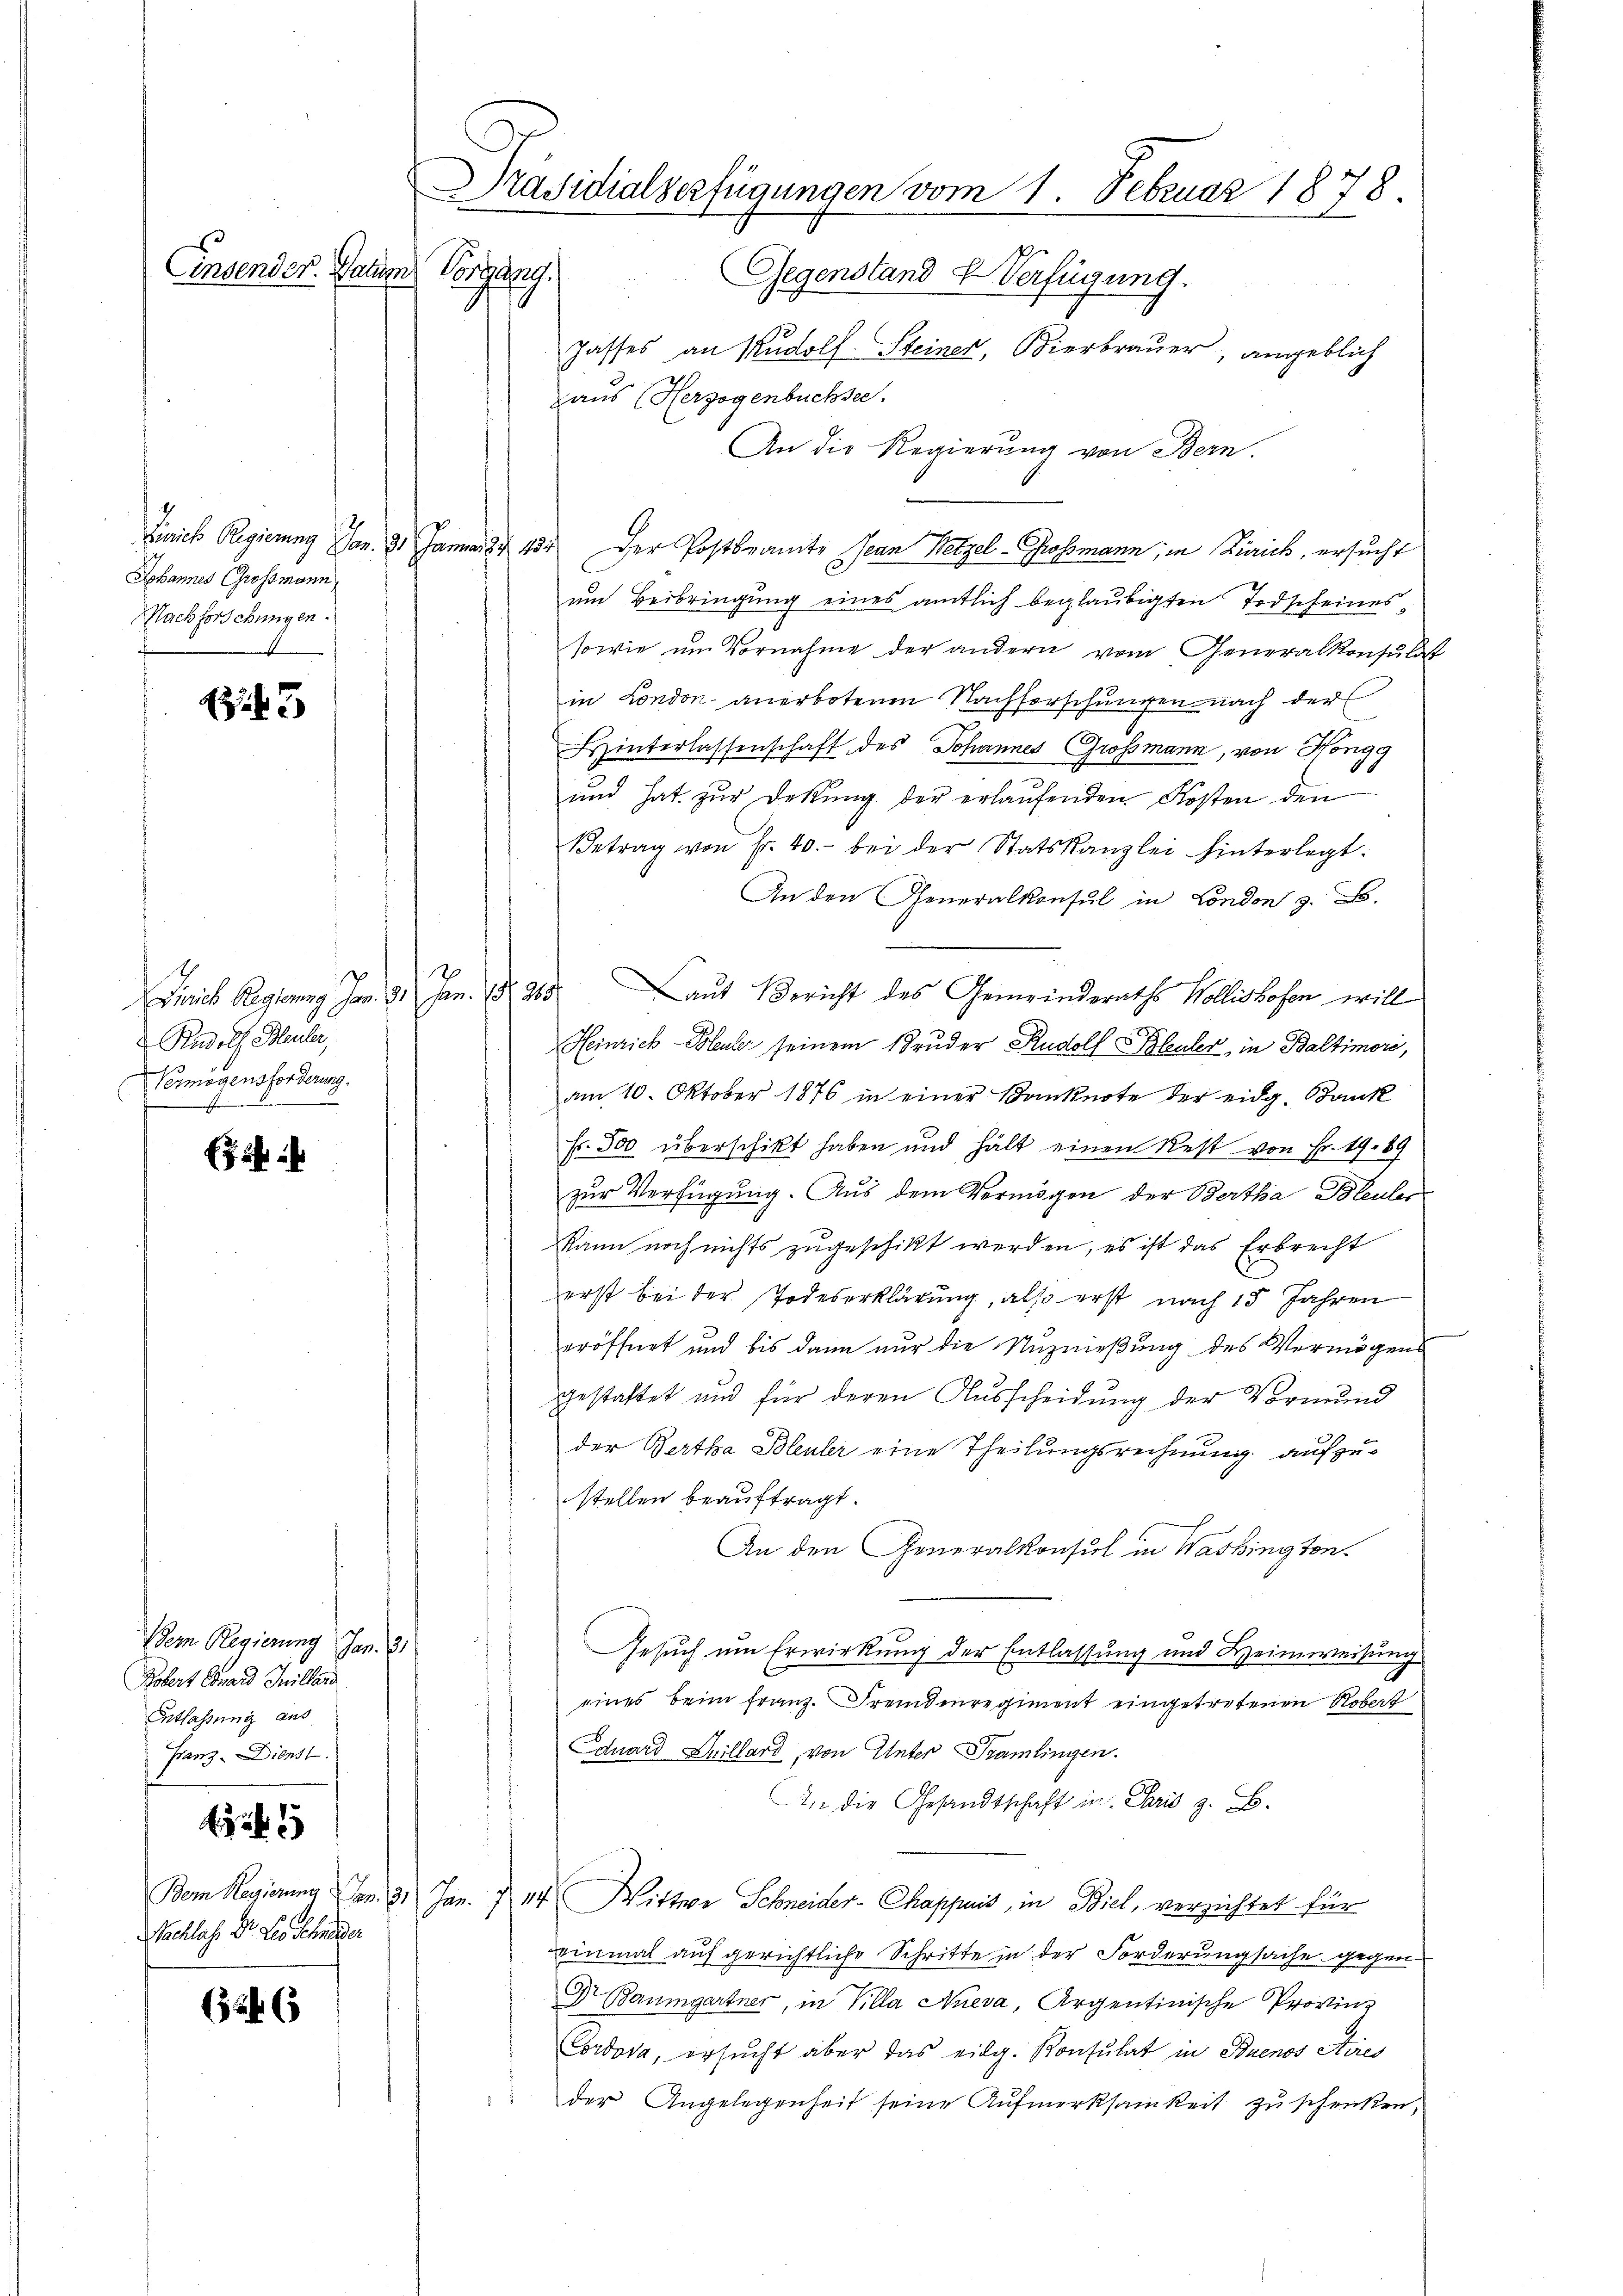
2
Hohannes Grossmann,
Machforschungen.
weste

43

Diris Regierung Jan. 9. Jan. 18. 215
Rudolf Bleuler,
Vermögensforderung.

Dem Regierung Jan. 21
Robert Grand Teillan
Entlassung aus
Franz-Dienst.

Schlaf. Dr. Les schieder

(1246

Präsidialverfügungen vom 1. Februar 1878.
Einsender. Datum
Kircheng
Gegenstand L. Verfügung.

Jasses an Rudolf Steiner, Bierbrauer angeblich
aus Herzogenbüchsee.
An die Regierung von Bern.
Zürich Regierung an. 31 Januar 8 454 der Postbeamte Jean Wetzel-Grossmann, in Zürich, ersucht
um Beibringung eines amtlich beglaubigten Todscheines¬
sowie um Vornahme der andern vom Generalkonsulat
in London anerbotenen Nachforschungen nach der
Hinterlassenschaft des Johannes Grossmann, von Höngg
und hat zur Dekŭng der erlaŭfenden Kosten den
Betrag von Fr. 40.- bei der Statskanzlei hinterlegt:
An den Generalkonsul in London z. B.
Laut Bericht des Gemeinderaths Wollishofen will
Heinrich Bleuler seinem Bruder Rudolf Bleuler, in Baltimore,
am 10. Oktober 1876 in einer Banknote der eidg. Bank
Fr. 500 überschikt haben und hält einen Rest von Fr. 19. 89
zur Verfügung. Aus dem Vermögen der Bertha Bleuler
kann noch nichts zugeschikt werden, es ist das Erbrecht
erst bei der Todeserklärung, also erst nach 15 Jahren
eröffnet und bis dann nur die Nuznießung des Vermögens
gestattet und für deren Ausscheidung der Vormund
der Bertha Bleuler eine Theilungsrechnung aufzustellen beauftragt.
An den Generalkonsul in Washington.
Gesuch um Erwirkung der Entlassung und Heimweisung
eines beim Franz. Fremdenregiment eingetretenen Robert
Eduard Spillard, von Unter Tramlingen.
An die Gesandtschaft in Paris z. B.
Bem Regierung den 31 Jan. § 14 Wittwe Schneider-Chappuis, in Biel, verzichtet für
einmal auf gerichtliche Schritte in der Forderungsache gegen
Dr Baumgartner, in Villa Aueva, Argentinische Provin-
Cordova, ersucht aber das eidg. Konsulat in Buenos Aires
 der Angelegenheit seine Aufmerksamkeit zu schenken,